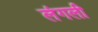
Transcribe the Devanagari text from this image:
लंगली